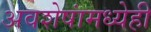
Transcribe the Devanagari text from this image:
अवशेषांमध्येही